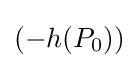
(-h(P_{0}))